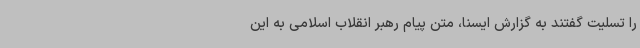
را تسلیت گفتند به گزارش ایسنا، متن پیام رهبر انقلاب اسلامی به این